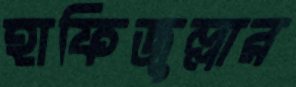
হাফিজুল্লার